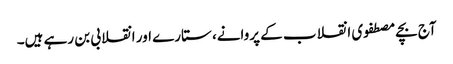
آج بچے مصطفوی انقلاب کے پروانے، ستارے اور انقلابی بن رہے ہیں۔